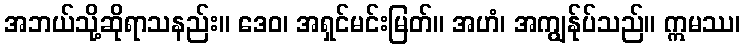
အဘယ်သို့ဆိုရာသနည်း။ ဒေဝ၊ အရှင်မင်းမြတ်။ အဟံ၊ အကျွန်ုပ်သည်။ ဣမဿ၊